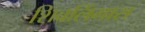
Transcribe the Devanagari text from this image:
शिवलिंगास